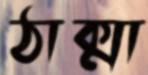
ঠাক্মা